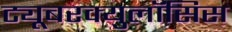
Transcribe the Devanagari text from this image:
ट्यूबरक्युलॉसिस